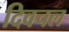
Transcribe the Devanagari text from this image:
दिवचल